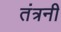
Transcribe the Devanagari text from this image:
तंत्रनी